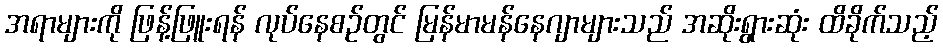
အရာများကို ဖြန့်ဖြူးရန် လုပ်နေစဉ်တွင် မြန်မာမန်နေဂျာများသည် အဆိုးရွားဆုံး ထိခိုက်သည့်